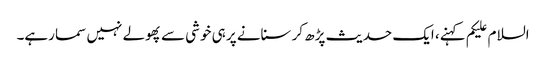
السلام علیکم کہنے، ایک حدیث پڑھ کر سنانے پر ہی خوشی سے پھولے نہیں سما رہے۔